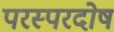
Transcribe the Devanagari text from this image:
परस्परदोष